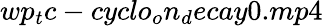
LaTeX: wp_{t}c-cyclo_{o}n_{d}ecay0.mp4